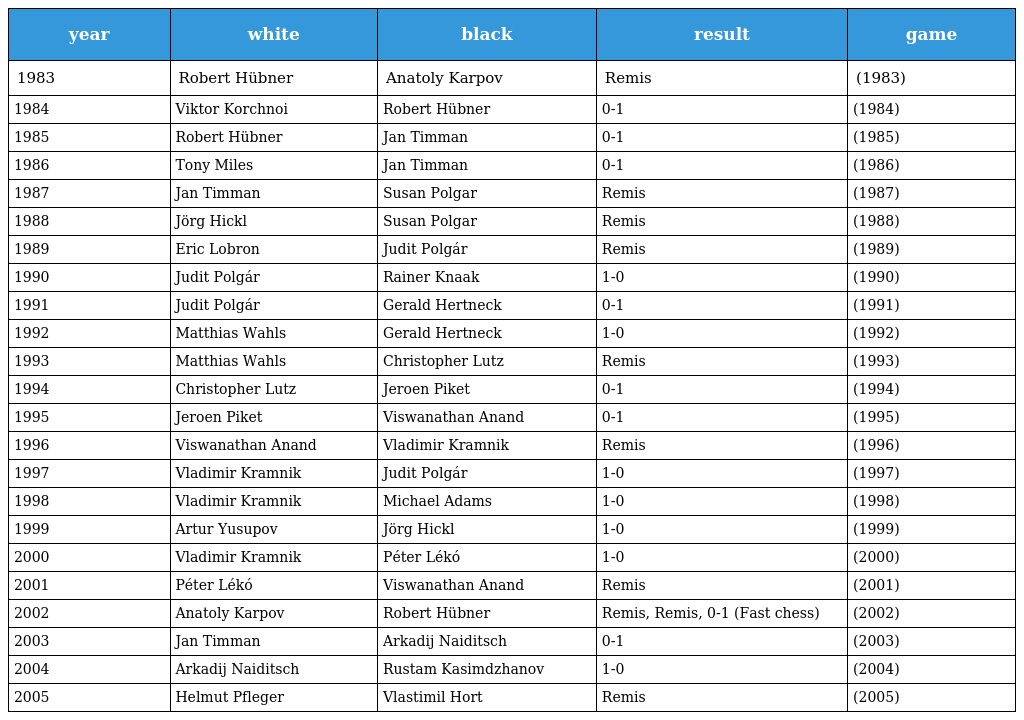
| year | white | black | result | game |
 | --- | --- | --- | --- | --- |
 | 1983 | Robert Hübner | Anatoly Karpov | Remis | (1983) |
 | 1984 | Viktor Korchnoi | Robert Hübner | 0-1 | (1984) |
 | 1985 | Robert Hübner | Jan Timman | 0-1 | (1985) |
 | 1986 | Tony Miles | Jan Timman | 0-1 | (1986) |
 | 1987 | Jan Timman | Susan Polgar | Remis | (1987) |
 | 1988 | Jörg Hickl | Susan Polgar | Remis | (1988) |
 | 1989 | Eric Lobron | Judit Polgár | Remis | (1989) |
 | 1990 | Judit Polgár | Rainer Knaak | 1-0 | (1990) |
 | 1991 | Judit Polgár | Gerald Hertneck | 0-1 | (1991) |
 | 1992 | Matthias Wahls | Gerald Hertneck | 1-0 | (1992) |
 | 1993 | Matthias Wahls | Christopher Lutz | Remis | (1993) |
 | 1994 | Christopher Lutz | Jeroen Piket | 0-1 | (1994) |
 | 1995 | Jeroen Piket | Viswanathan Anand | 0-1 | (1995) |
 | 1996 | Viswanathan Anand | Vladimir Kramnik | Remis | (1996) |
 | 1997 | Vladimir Kramnik | Judit Polgár | 1-0 | (1997) |
 | 1998 | Vladimir Kramnik | Michael Adams | 1-0 | (1998) |
 | 1999 | Artur Yusupov | Jörg Hickl | 1-0 | (1999) |
 | 2000 | Vladimir Kramnik | Péter Lékó | 1-0 | (2000) |
 | 2001 | Péter Lékó | Viswanathan Anand | Remis | (2001) |
 | 2002 | Anatoly Karpov | Robert Hübner | Remis, Remis, 0-1 (Fast chess) | (2002) |
 | 2003 | Jan Timman | Arkadij Naiditsch | 0-1 | (2003) |
 | 2004 | Arkadij Naiditsch | Rustam Kasimdzhanov | 1-0 | (2004) |
 | 2005 | Helmut Pfleger | Vlastimil Hort | Remis | (2005) |